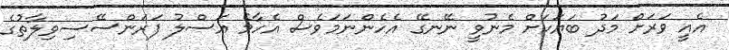
އެއީ ވަރަށް މަދު ބަޔަކަށް މެނުވީ ނޭނގޭ އެހެންނަމަވެސް އެހާމެ އަސްލު ފަރަންސޭސިވިލާތުގެ